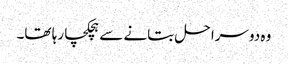
وہ دوسرا حل بتانے سے ہچکچا رہا تھا۔